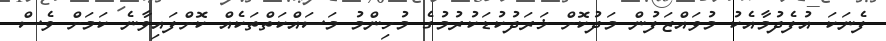
ފެނަކަ އުފެދުމާއެކު މުވައްޒަފުން މަދުކޮށް ޚަރަދުކުޑަކުރުމުގެ މުހިންމު މަސައްކަތްތަކެއް ކޮށްފައިވާނެ ކަމަށް ވެސް